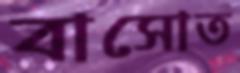
বাসোত